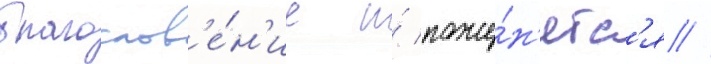
благослов'е́н'ие и́ поже́н'ятс'я //